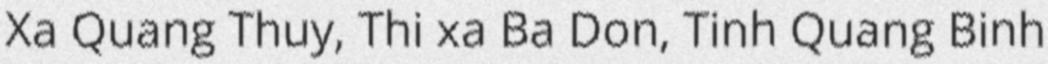
Xa Quang Thuy, Thi xa Ba Don, Tinh Quang Binh